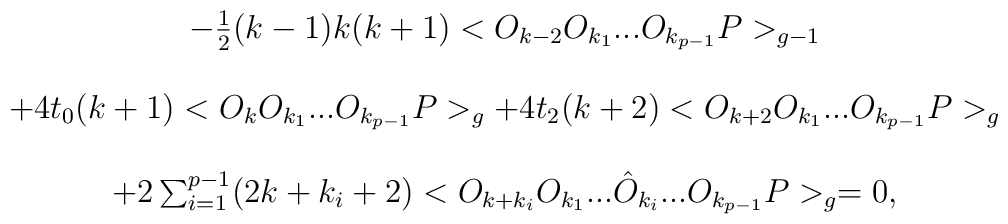
\begin{array}{c}-\frac{1}{2} (k-1)k(k+1)<O_{k-2} O_{k_{1}} ... O_{k_{p-1}}P>_{g-1} \\ \\+4t_{0} (k+1)<O_{k} O_{k_{1}} ... O_{k_{p-1}}P>_{g}+4t_{2} (k+2)<O_{k+2} O_{k_{1}} ... O_{k_{p-1}}P>_{g} \\ \\ +2 \sum _{i=1}^{p-1} (2k +k_{i} +2) <O_{k+k_{i}}O_{k_{1}}...\hat{O}_{k_{i}}...O_{k_{p-1}} P>_{g}=0, \end{array}